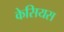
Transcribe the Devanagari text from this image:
केसियस